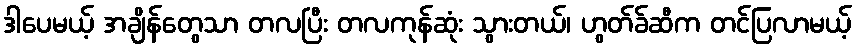
ဒါပေမယ့် အချိန်တွေသာ တလပြီး တလကုန်ဆုံး သွားတယ်၊ ဟွတ်ခ်ဆီက တင်ပြလာမယ့်